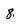
Character: 8